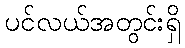
ပင်လယ်အတွင်းရှိ